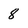
Character: 8